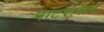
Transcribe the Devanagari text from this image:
नाटरासन